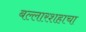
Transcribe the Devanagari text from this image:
बल्लारशहाचा